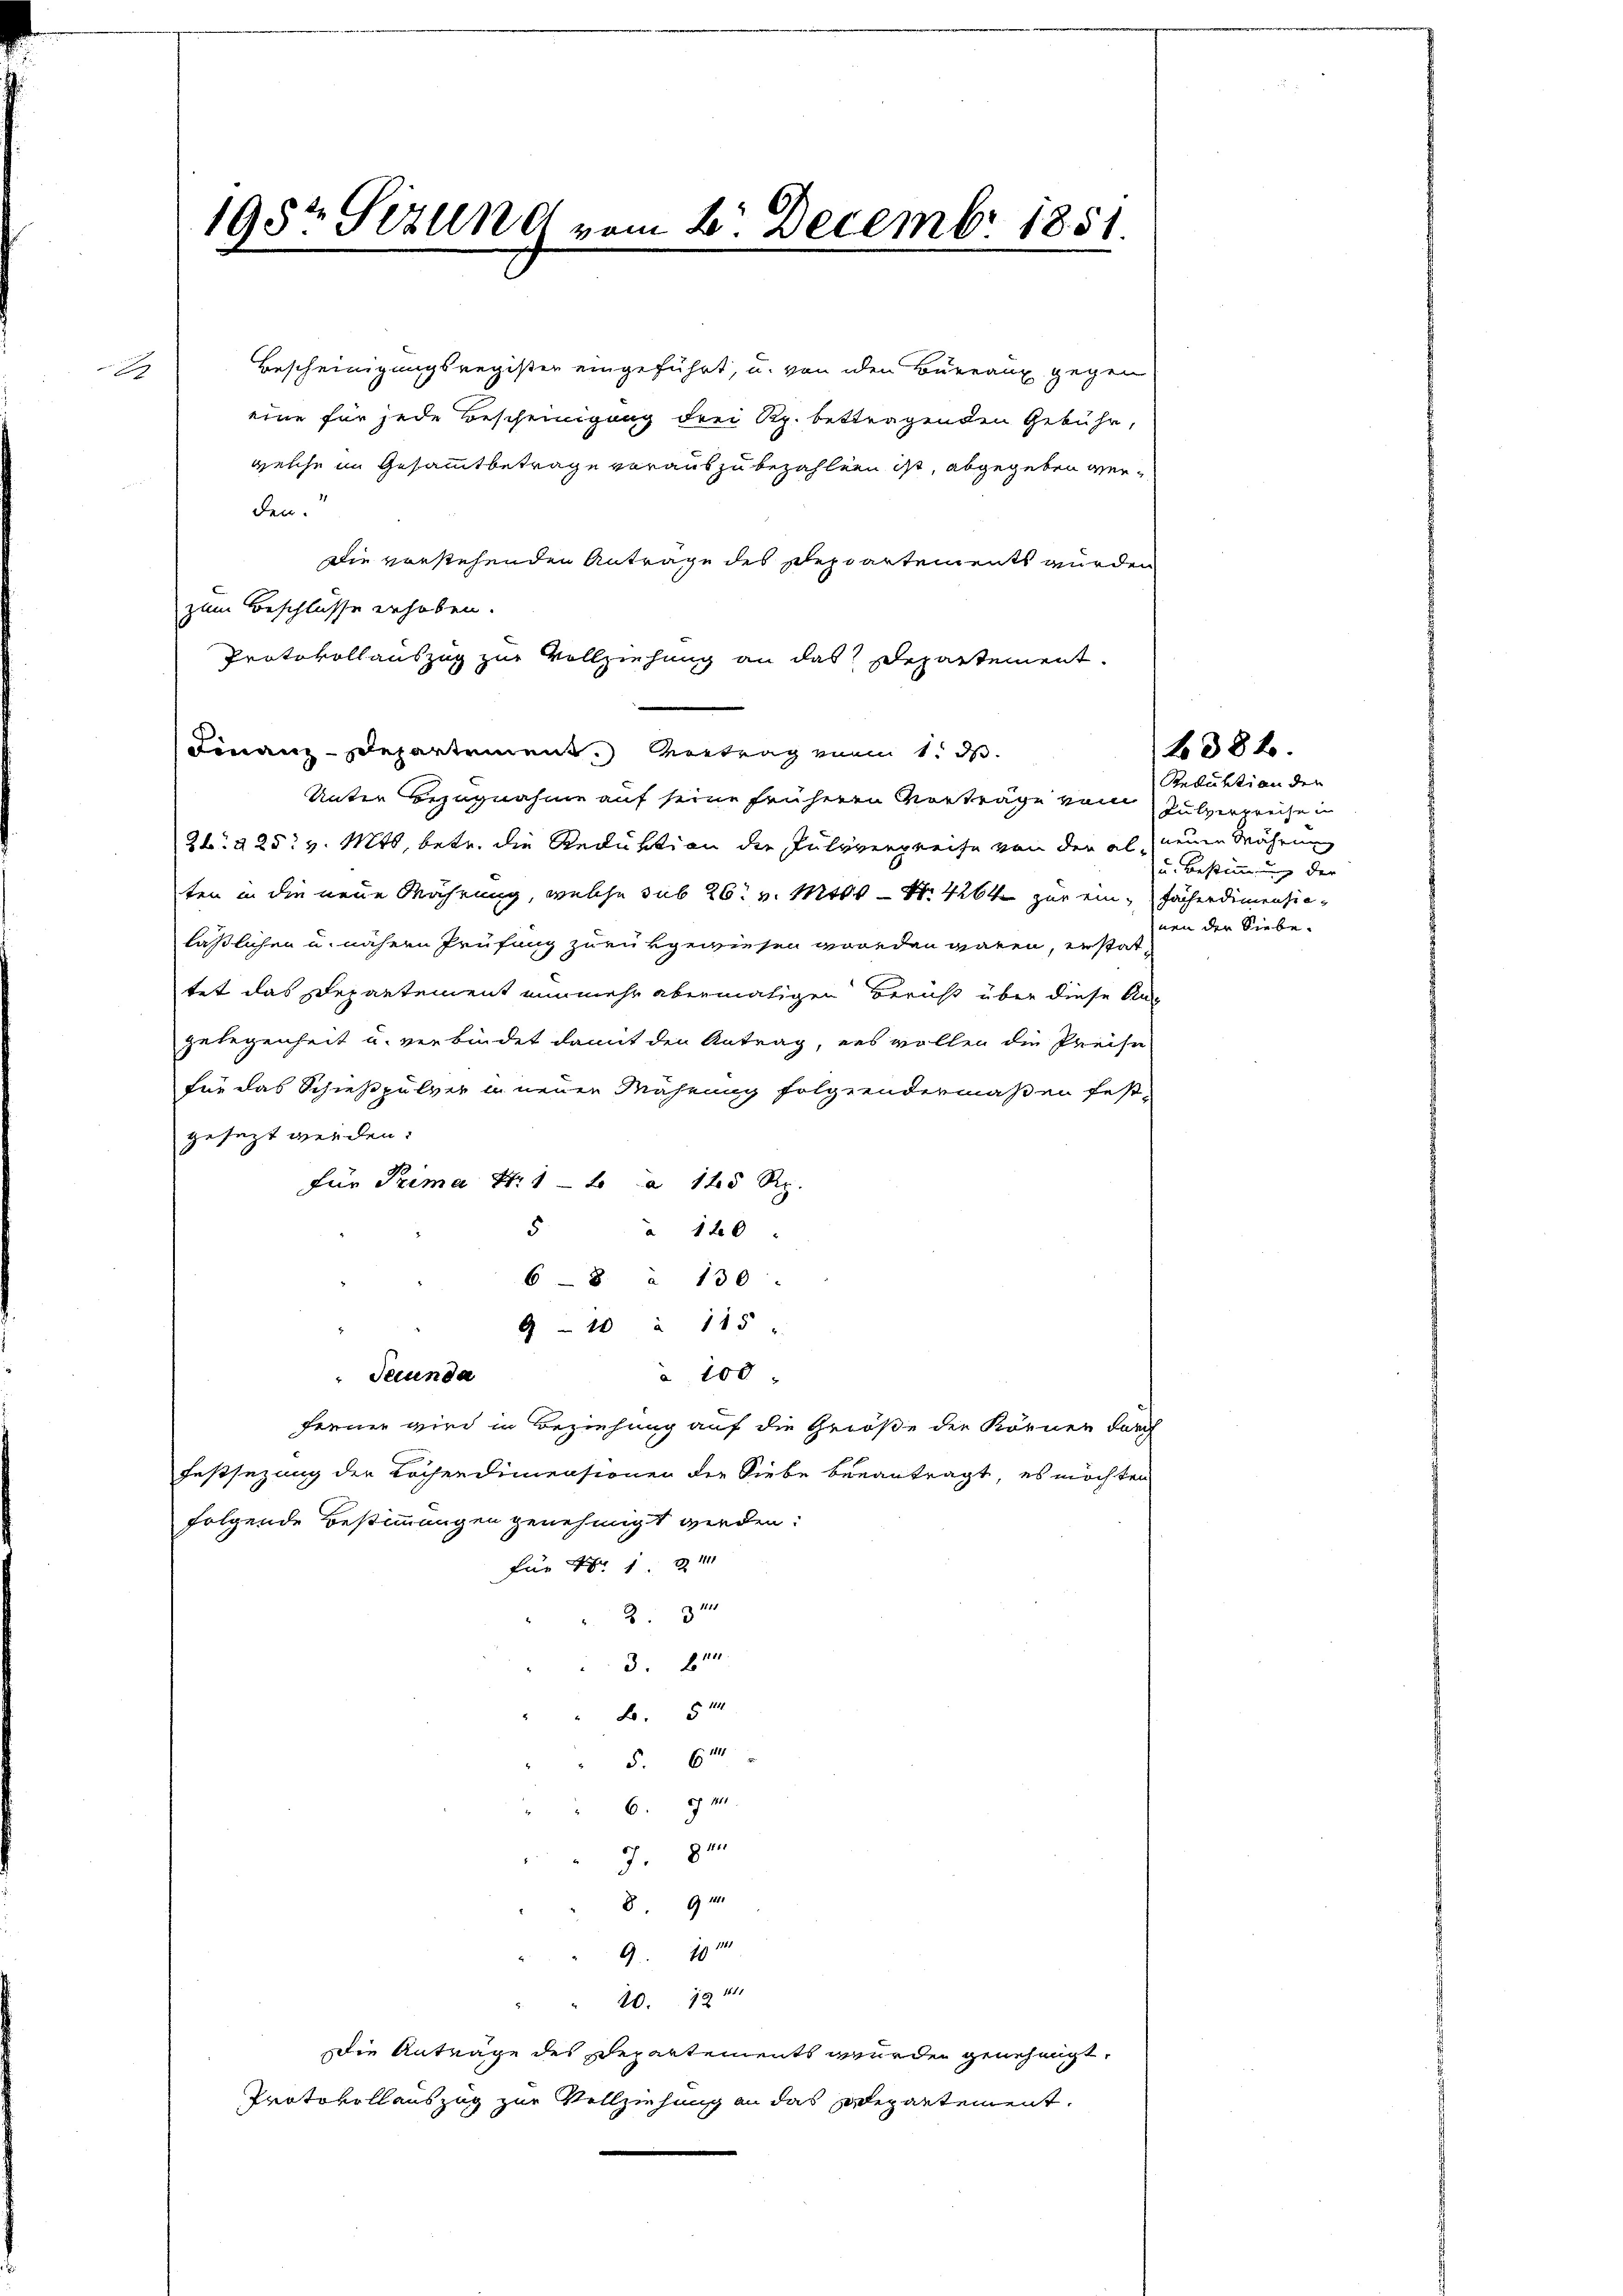
g

198t Gizung vom 2. Decembr 1851.

Bescheinigungsregister eingeführt, u. von den Büreaux gegen
eine für jede Bescheinigung drei Rp. bettragenden Gebühr,
welche im Gesammtbetrage vorauszubezahlen ist, abgegeben werden.
Die vorstehenden Anträge des Departements wurden
zum Beschlüsse erhoben.
Protokollauszug zur Vollziehung an das Departement
Finanz-Departement. Vortrag von 1. d.
Unter Bezugnahme auf seine früheren Vorträge vom Pulverpreise in
26 § 25. v. Mts., betr. die Reduktion der Julyvergreife von der als neuen Währung
ten in die neue Wahrung, welche sub 26. v. Mts. — Nr. 4264 zur ein Fächerdinenzieläßlichen u. nähern Prüfung zurükgewiesen worden waren, erstattet das Departement nunmehr abermatigen Beruht über diese An-
gelegenheit u. verbindet damit den Antrag, es wollen die Preise
für das Schießpulver in neuen Mahnung folgendermaßen festgesezt werden:
für Prima Nr. 1 t a 120 Rp.
5
à 120
68 § 130:
9-10 à 115 "
100
Secunda
fernen wird in Beziehung auf die Größe der Körner durch
Festsezung der Lochendimensionen der Siebe beantragt, es möchten
folgende Bestimmungen genehmigt werden:
für Nr 11
23
3
5
5. 61
6. M
78
894
9
20. 1941
ie Anträge des Departements wurden genehmigt,
Protokollauszug zur Vollziehung an das separtement.

Reduktion der
u. Bestimmung der
nen der Siebe.

1382.